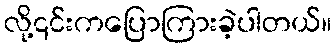
လို့၎င်းကပြောကြားခဲ့ပါတယ်။